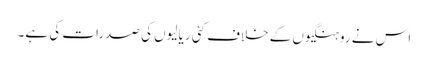
اس نے روہنگیوں کے خلاف کئی ریالیوں کی صدرات کی ہے۔